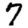
Digit: 7